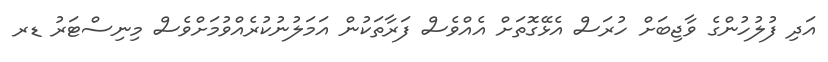
އަދި ފުލުހުންގެ ވާޖިބަށް ހުރަސް އެޅޭގޮތަށް އެއްވެސް ފަރާތަކުން އަމަލުނުކުރެއްވުމަށްވެސް މިނިސްޓަރު ޑރ